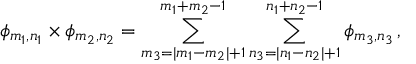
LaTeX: \phi _ { m _ { 1 } , n _ { 1 } } \times \phi _ { m _ { 2 } , n _ { 2 } } = \sum _ { m _ { 3 } = | m _ { 1 } - m _ { 2 } | + 1 } ^ { m _ { 1 } + m _ { 2 } - 1 } \sum _ { n _ { 3 } = | n _ { 1 } - n _ { 2 } | + 1 } ^ { n _ { 1 } + n _ { 2 } - 1 } \phi _ { m _ { 3 } , n _ { 3 } } \, ,